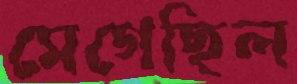
মেগেছিল